Lunatic asylums United Provinces 1909-1921 - 1909-1921
Year: 1909
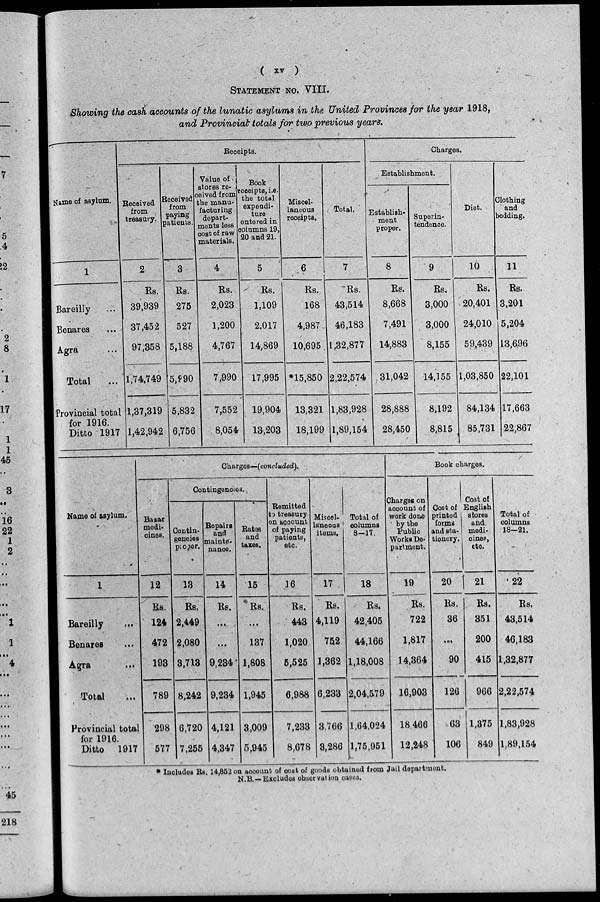
( xv )
STATEMENT NO. VIII.
Showing the cash accounts of the lunatic asylums in the United Provinces for the year 1918,
and Provincial totals for two previous years.
Name of asylum.
1
Bareilly ...
Benares ...
Agra ...
Total ...
Provincial total
for 1916.
Ditto 1917
Receipts.
Received
from
treasury.
2
Rs.
39,939
37,452
97,358
1,74,749
1,37,319
1,42,942
Received
from
paying
patients.
3
Rs.
275
527
5,188
5,990
5,832
6,756
Value of
stores re-
ceived from
the manu-
facturing
depart-
ments less
cost of raw
materials.
4
Rs.
2,023
1,200
4,767
7,990
7,552
8,054
Book
receipts, i.e.
the total
expendi-
ture
entered in
columns 19,
20 and 21.
5
Rs.
1,109
2,017
14,869
17,995
19,904
13,203
Miscel-
laneous
receipts.
6
Rs.
168
4,987
10,695
*15,850
13,321
18,199
Total.
7
Rs.
43,514
46,183
1,32,877
2,22,574
1,83,928
1,89,154
Charges.
Establishment.
Establish-
ment
proper.
8
Rs.
8,668
7,491
14,883
31,042
28,888
28,450
Superin-
tendence.
9
Rs.
3,000
3,000
8,155
14,155
8,192
8,815
Diet.
10
Rs.
20,401
24,010
59,439
1,03,850
84,134
85,731
Clothing
and
bedding.
11
Rs.
3,201
5,204
13,696
22,101
17,663
22,867
Name of asylum.
1
Bareilly
...
Benares
...
Agra
...
Total ...
Provincial total
for 1916.
Ditto 1917
Charges—(concluded).
Bazar
medi-
cines.
12
Rs.
124
472
193
789
298
577
Contingencies.
Contin-
gencies
proper.
13
Rs.
2,449
2,080
3,713
8,242
6,720
7,255
Repairs
and
mainte-
nance.
14
Rs.
...
...
9,234
9,234
4,121
4,347
Rates
and
taxes.
15
Rs.
...
137
1,808
1,945
3,009
5,945
Remitted
to treasury
on account
of paying
patients,
etc.
16
Rs.
443
1,020
5,525
6,988
7,233
8,678
Miscel-
laneous
items.
17
Rs.
4,119
752
1,362
6,233
3,766
3,286
Total of
columns
8-17.
18
Rs.
42,405
44,166
1,18,008
2,04,579
1,64,024
1,75,951
Book charges.
Charges on
account of
work done
by the
Public
Works De-
partment.
19
Rs.
722
1,817
14,364
16,903
18,466
12,248
Cost of
printed
forms
and sta-
tionery.
20
Rs.
36
...
90
126
63
106
Cost Of
English
stores
and
medi-
cines,
etc.
21
Rs.
351
200
415
966
1,375
849
Total of
columns
18—21.
22
Rs.
43,514
46,183
l,32,877
2,22,574
1,83,928
1,89,154
* Includes Rs. 14,852 on account of cost of goods obtained from Jail department.
N.B.—Excludes observation cases.